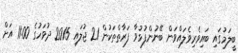
ބީލަމުގައި ބައިވެރިވެލައްވަން ބޭނުންފުޅުވާ ފަރާތްތަކުން 21 ޖުލައި 2015 ދުވަހުގެ 11:00 އަށް